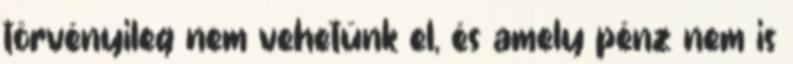
törvényileg nem vehetünk el, és amely pénz nem is